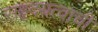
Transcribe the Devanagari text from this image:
सहृदयत्वाची